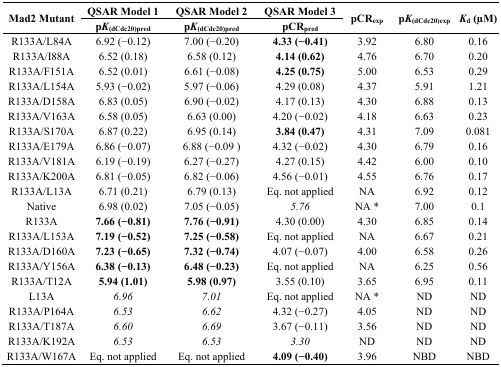
<table><thead><tr><td rowspan="2"><b>Mad2 Mutant</b></td><td><b>QSAR Model 1</b></td><td><b>QSAR Model 2</b></td><td><b>QSAR Model 3</b></td><td rowspan="2"><b>pCR<sub>exp</sub></b></td><td rowspan="2"><b>p<i>K</i><sub>(dCdc20)exp</sub></b></td><td rowspan="2"><b><i>K</i><sub>d</sub> (μM)</b></td></tr><tr><td><b>p<i>K</i><sub>(dCdc20)pred</sub></b></td><td><b>p<i>K</i><sub>(dCdc20)pred</sub></b></td><td><b>pCR<sub>pred</sub></b></td></tr></thead><tbody><tr><td>R133A/L84A</td><td>6.92 (−0.12)</td><td>7.00 (−0.20)</td><td><b>4.33 (−0.41)</b></td><td>3.92</td><td>6.80</td><td>0.16</td></tr><tr><td>R133A/I88A</td><td>6.52 (0.18)</td><td>6.58 (0.12)</td><td><b>4.14 (0.62)</b></td><td>4.76</td><td>6.70</td><td>0.20</td></tr><tr><td>R133A/F151A</td><td>6.52 (0.01)</td><td>6.61 (−0.08)</td><td><b>4.25 (0.75)</b></td><td>5.00</td><td>6.53</td><td>0.29</td></tr><tr><td>R133A/L154A</td><td>5.93 (−0.02)</td><td>5.97 (−0.06)</td><td>4.29 (0.08)</td><td>4.37</td><td>5.91</td><td>1.21</td></tr><tr><td>R133A/D158A</td><td>6.83 (0.05)</td><td>6.90 (−0.02)</td><td>4.17 (0.13)</td><td>4.30</td><td>6.88</td><td>0.13</td></tr><tr><td>R133A/V163A</td><td>6.58 (0.05)</td><td>6.63 (0.00)</td><td>4.20 (−0.02)</td><td>4.18</td><td>6.63</td><td>0.23</td></tr><tr><td>R133A/S170A</td><td>6.87 (0.22)</td><td>6.95 (0.14)</td><td><b>3.84 (0.47)</b></td><td>4.31</td><td>7.09</td><td>0.081</td></tr><tr><td>R133A/E179A</td><td>6.86 (−0.07)</td><td>6.88 (−0.09 )</td><td>4.32 (−0.02)</td><td>4.30</td><td>6.79</td><td>0.16</td></tr><tr><td>R133A/V181A</td><td>6.19 (−0.19)</td><td>6.27 (−0.27)</td><td>4.27 (0.15)</td><td>4.42</td><td>6.00</td><td>0.10</td></tr><tr><td>R133A/K200A</td><td>6.81 (−0.05)</td><td>6.82 (−0.06)</td><td>4.56 (−0.01)</td><td>4.55</td><td>6.76</td><td>0.17</td></tr><tr><td>R133A/L13A</td><td>6.71 (0.21)</td><td>6.79 (0.13)</td><td>Eq. not applied</td><td>NA</td><td>6.92</td><td>0.12</td></tr><tr><td>Native</td><td>6.98 (0.02)</td><td>7.05 (−0.05)</td><td><i>5.76</i></td><td>NA *</td><td>7.00</td><td>0.1</td></tr><tr><td>R133A</td><td><b>7.66 (−0.81)</b></td><td><b>7.76 (−0.91)</b></td><td>4.30 (0.00)</td><td>4.30</td><td>6.85</td><td>0.14</td></tr><tr><td>R133A/L153A</td><td><b>7.19 (−0.52)</b></td><td><b>7.25 (−0.58)</b></td><td>Eq. not applied</td><td>NA</td><td>6.67</td><td>0.21</td></tr><tr><td>R133A/D160A</td><td><b>7.23 (−0.65)</b></td><td><b>7.32 (−0.74)</b></td><td>4.07 (−0.07)</td><td>4.00</td><td>6.58</td><td>0.26</td></tr><tr><td>R133A/Y156A</td><td><b>6.38 (−0.13)</b></td><td><b>6.48 (−0.23)</b></td><td>Eq. not applied</td><td>NA</td><td>6.25</td><td>0.56</td></tr><tr><td>R133A/T12A</td><td><b>5.94 (1.01)</b></td><td><b>5.98 (0.97)</b></td><td>3.55 (0.10)</td><td>3.65</td><td>6.95</td><td>0.11</td></tr><tr><td>L13A</td><td><i>6.96</i></td><td><i>7.01</i></td><td>Eq. not applied</td><td>NA *</td><td>ND</td><td>ND</td></tr><tr><td>R133A/P164A</td><td><i>6.53</i></td><td><i>6.62</i></td><td>4.32 (−0.27)</td><td>4.05</td><td>ND</td><td>ND</td></tr><tr><td>R133A/T187A</td><td><i>6.60</i></td><td><i>6.69</i></td><td>3.67 (−0.11)</td><td>3.56</td><td>ND</td><td>ND</td></tr><tr><td>R133A/K192A</td><td><i>6.53</i></td><td><i>6.53</i></td><td><i>3.30</i></td><td>ND</td><td>ND</td><td>ND</td></tr><tr><td>R133A/W167A</td><td>Eq. not applied</td><td>Eq. not applied</td><td><b>4.09 (−0.40)</b></td><td>3.96</td><td>NBD</td><td>NBD</td></tr></tbody></table>